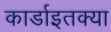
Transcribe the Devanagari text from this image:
कार्डाइतक्या